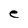
Character: e